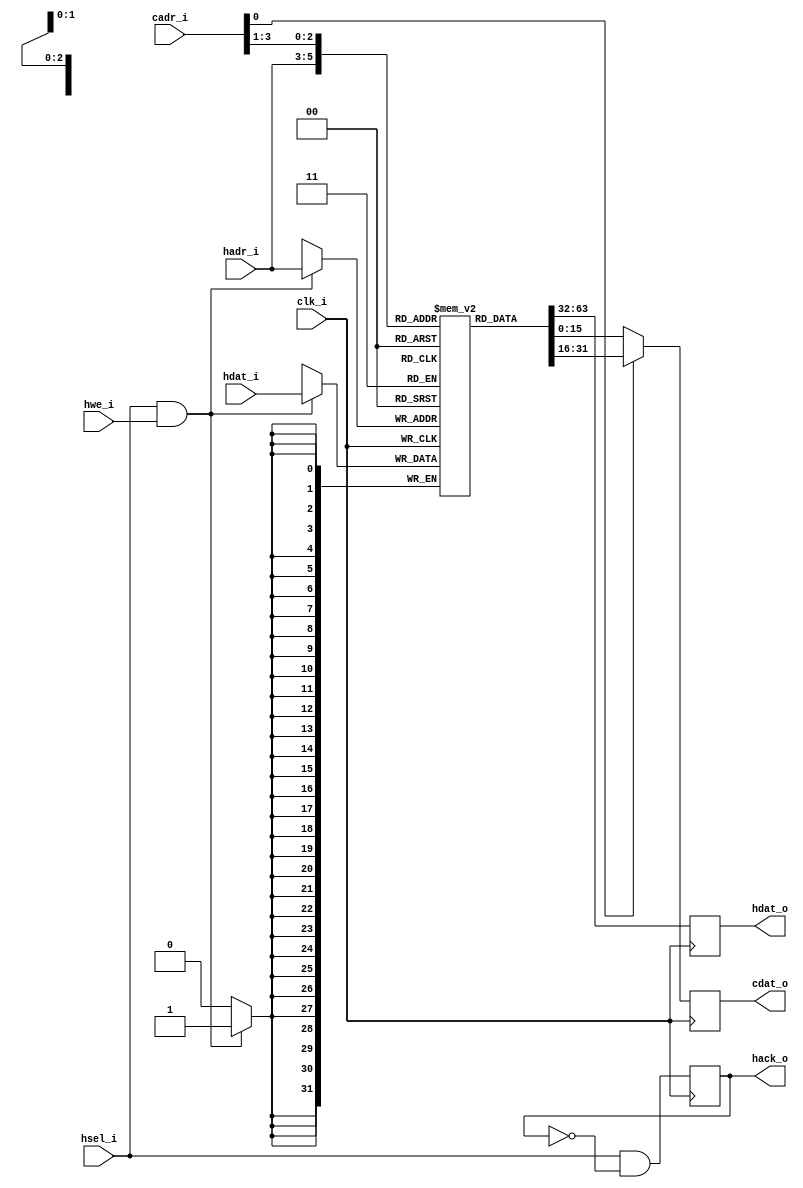
/////////////////////////////////////////////////////////////////////
//   ,------.                    ,--.                ,--.          //
//   |  .--. ' ,---.  ,--,--.    |  |    ,---. ,---. `--' ,---.    //
//   |  '--'.'| .-. |' ,-.  |    |  |   | .-. | .-. |,--.| .--'    //
//   |  |\  \ ' '-' '\ '-'  |    |  '--.' '-' ' '-' ||  |\ `--.    //
//   `--' '--' `---'  `--`--'    `-----' `---' `-   /`--' `---'    //
//             O p e n C o r e s               `---'               //
//                                                                 //
//   VGA/LCD Core; Cursor Color Registers                          //
//                                                                 //
/////////////////////////////////////////////////////////////////////
//                                                                 //
//             Copyright (C) 2002 Richard Herveille, OpenCores     //
//             Copyright (C) 2018 Roa Logic BV                     //
//             www.roalogic.com                                    //
//                                                                 //
//   This source file may be used and distributed without          //
//   restriction provided that this copyright statement is not     //
//   removed from the file and that any derivative work contains   //
//   the original copyright notice and the associated disclaimer.  //
//                                                                 //
//      THIS SOFTWARE IS PROVIDED ``AS IS'' AND WITHOUT ANY        //
//   EXPRESS OR IMPLIED WARRANTIES, INCLUDING, BUT NOT LIMITED     //
//   TO, THE IMPLIED WARRANTIES OF MERCHANTABILITY AND FITNESS     //
//   FOR A PARTICULAR PURPOSE. IN NO EVENT SHALL THE AUTHOR OR     //
//   CONTRIBUTORS BE LIABLE FOR ANY DIRECT, INDIRECT, INCIDENTAL,  //
//   SPECIAL, EXEMPLARY, OR CONSEQUENTIAL DAMAGES (INCLUDING, BUT  //
//   NOT LIMITED TO, PROCUREMENT OF SUBSTITUTE GOODS OR SERVICES;  //
//   LOSS OF USE, DATA, OR PROFITS; OR BUSINESS INTERRUPTION)      //
//   HOWEVER CAUSED AND ON ANY THEORY OF LIABILITY, WHETHER IN     //
//   CONTRACT, STRICT LIABILITY, OR TORT (INCLUDING NEGLIGENCE OR  //
//   OTHERWISE) ARISING IN ANY WAY OUT OF THE USE OF THIS          //
//   SOFTWARE, EVEN IF ADVISED OF THE POSSIBILITY OF SUCH DAMAGE.  //
//                                                                 //
/////////////////////////////////////////////////////////////////////

// +FHDR -  Semiconductor Reuse Standard File Header Section  -------
// DEPARTMENT     :
// AUTHOR'S EMAIL :
// ------------------------------------------------------------------
// RELEASE HISTORY
// VERSION DATE        AUTHOR      DESCRIPTION
// 2.0     2001        rherveille  Last OpenCores Release
// ------------------------------------------------------------------
// KEYWORDS : VGA_LCD OPENCORES                                 
// ------------------------------------------------------------------
// PURPOSE  : Cursor Color Registers 
// ------------------------------------------------------------------
// PARAMETERS
//  PARAM NAME        RANGE  DESCRIPTION              DEFAULT UNITS
// ------------------------------------------------------------------
// REUSE ISSUES 
//   Reset Strategy      : none
//   Clock Domains       : clk_i
//   Critical Timing     : 
//   Test Features       : 
//   Asynchronous I/F    : no 
//   Scan Methodology    : na
//   Instantiations      : none
//   Synthesizable (y/n) : Yes
//   Other               :
// -FHDR-------------------------------------------------------------

module vga_cur_cregs (
  input             clk_i,         // master clock input

  // host interface
  input             hsel_i,        // host select input
  input      [ 2:0] hadr_i,        // host address input
  input             hwe_i,         // host write enable input
  input      [31:0] hdat_i,        // host data in
  output reg [31:0] hdat_o,        // host data out
  output reg        hack_o,        // host acknowledge out

  // cursor processor interface
  input      [ 3:0] cadr_i,        // cursor address in
  output reg [15:0] cdat_o         // cursor data out
);

  //---------------------------------------------
  // variable declarations
  //
  reg  [31:0] cregs [7:0];  // color registers
  wire [31:0] temp_cdat;


  //---------------------------------------------
  // module body
  //


  // Host Interface
  always@(posedge clk_i)
    if (hsel_i && hwe_i) cregs[hadr_i] <= hdat_i;


  always@(posedge clk_i)
    hdat_o <= cregs[hadr_i];


  always@(posedge clk_i)
    hack_o <= hsel_i & ~hack_o;


  // Cursor Processor Interface
  assign temp_cdat = cregs[ cadr_i[3:1] ];


  always@(posedge clk_i)
    cdat_o <= cadr_i[0] ? temp_cdat[31:16] : temp_cdat[15:0];

endmodule